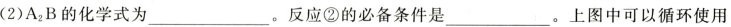
(2)A_{2}B的化学式为___。反应②的必备条件是___。上图中可以循环使用